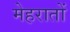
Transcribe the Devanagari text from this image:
मेहरातों